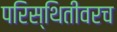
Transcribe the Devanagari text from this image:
परिस्थितीवरच